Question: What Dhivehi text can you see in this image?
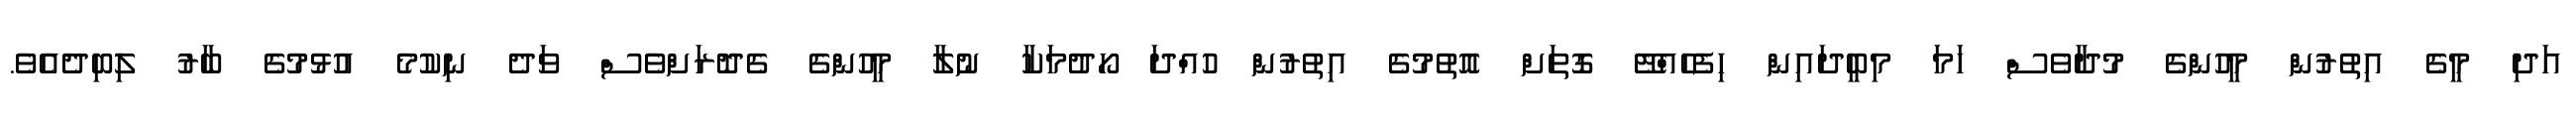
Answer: އަދި މީގެ އިތުރުން މީހުންގެ މުދާވެސް ހަމަ މިބީދައިން ހިފެހެއްޓޭ ގޮތަށް އޮތުމުގެ އިތުރުން ހުއްދަ ހޯދުމަކާ ނުލާ މީހުންގެ ގެދޮރަށްވެސް ވަދެ ނިކުމެ އުޅުމުގެ ބާރު ލިބިދެއެވެ.